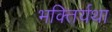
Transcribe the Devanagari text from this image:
भक्तिर्यथा